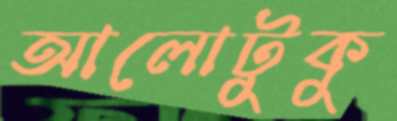
আলোটুকু